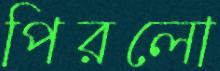
পিরলো